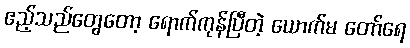
ဧည့်သည်တွေတော့ ရောက်ကုန်ပြီတဲ့ ယောက်မ တော်ရေ